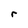
Character: r